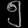
Digit: ၅